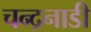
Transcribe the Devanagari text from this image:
चन्द्रनाडी